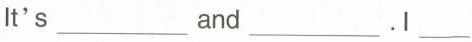
It's___and___.I___